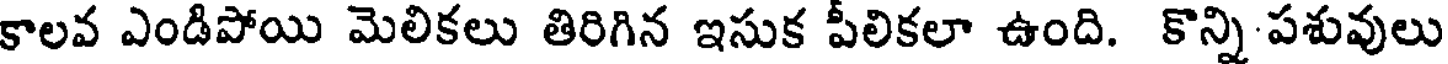
కాలవ ఎండిపోయి మెలికలు తిరిగిన ఇసుక పీలికలా ఉంది. కొన్ని పశువులు